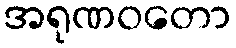
အရုဏဝတော